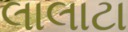
લાલાટા